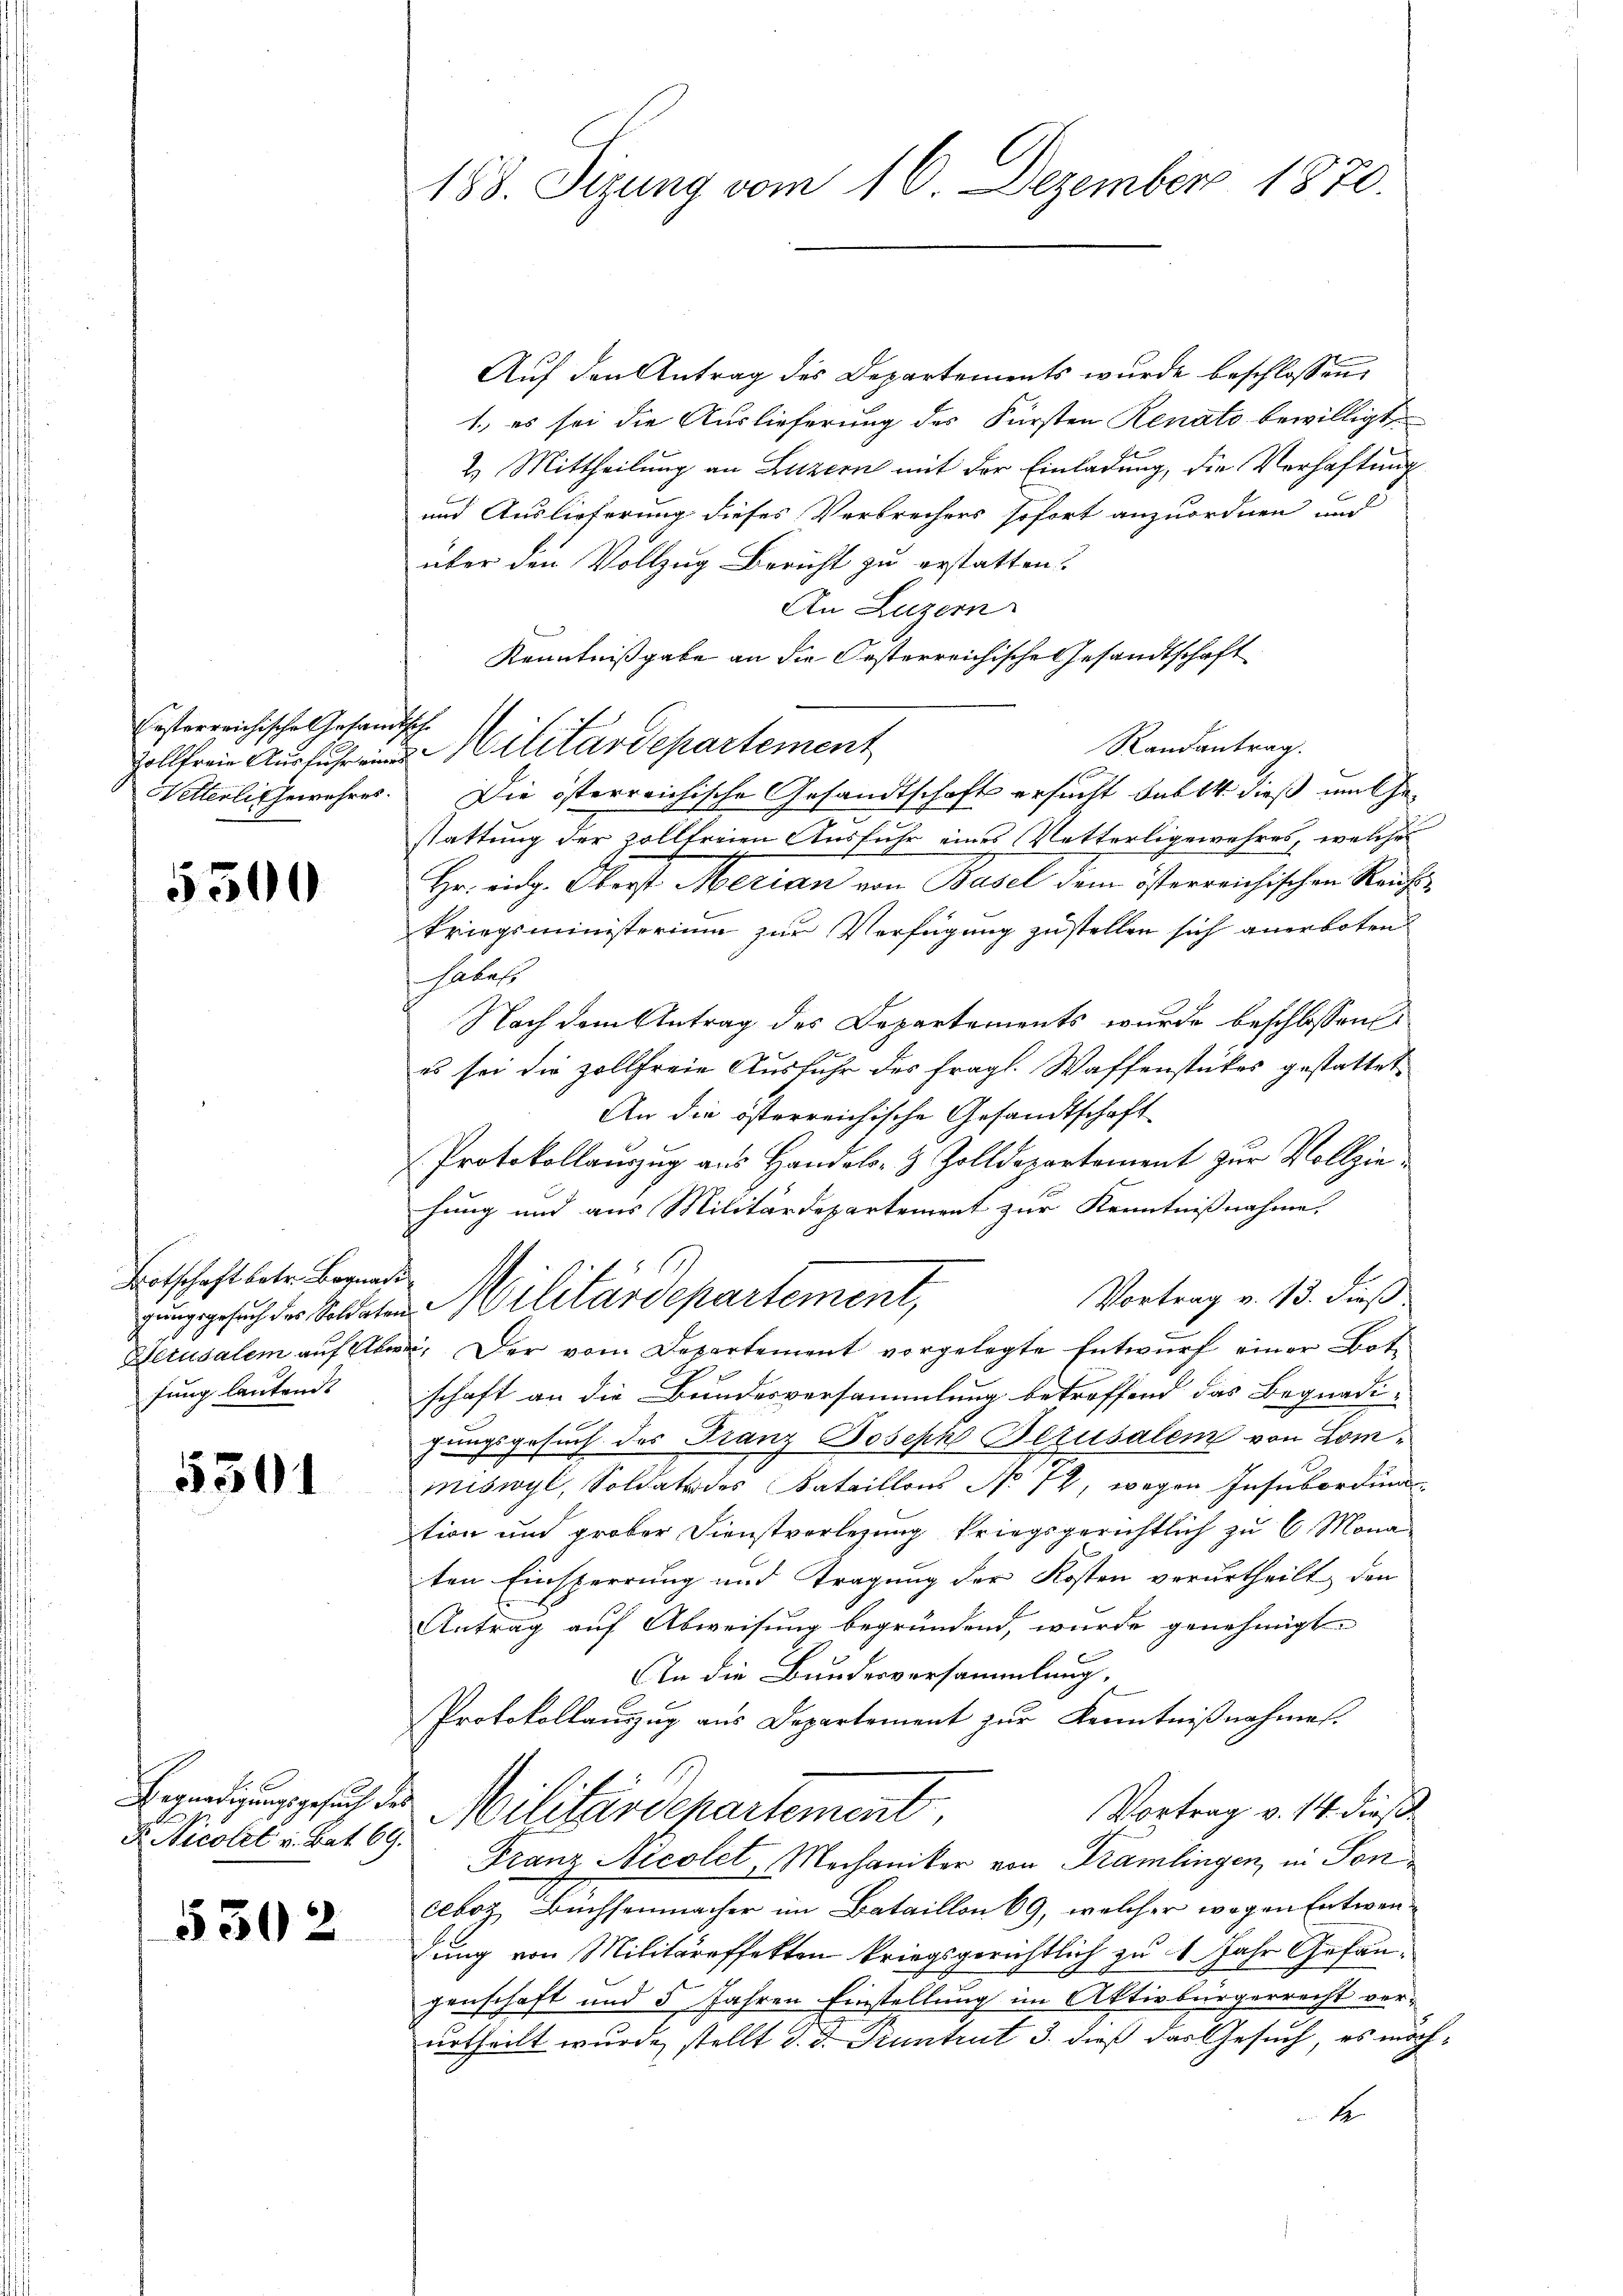
Ersterreichische Gesandtische

5500

Botschaft betr. Begnadi
fung lautends

5301

F. Nicolet v. Bat. 69.

5302

188. Sizung vom 16. Dezember 1870.

Auf den Antrag des Departements wurde beschlossen,
1., es sei die Auslieferung des Fürsten Renato bewilligt
2. Mittheilung an Luzern mit der Einladung, die Verhaftung
und Auslieferung dieses Verbrechers sofort anzuordnen und
über den Vollzug Bericht zu erstatten?
An Luzern
Kenntnißgabe an die Oesterreichische Gesandtschaft
Randantrag.
Wetterli Gewehres. Die österreichische Gesandtschaft ersucht sub 14. dieß unte
stattung der zollfreien Ausfuhr eines Vetterligewehres, welches
Hr. eidg. Oberst Merian von Basel dem österreichischen Reuhikriegsministerium zur Verfügung zustellen sich anerboten
haben
Nach dem Antrag des Departements wurde beschlossen
es sei die zollfreie Ausfuhr des fragl. Waffenstückes gestattet,
An die österreichische Gesandtschaft
Protokollauszug aus Handels- & Zolldepartement zur Vollziehung und aus Militärdepartement zur Kenntnißnahme.
Vortrag v. 13. dieß.
zungsgesuch der Soldaten Militärdepartement,
Derusalem auf Ab. Der vom Departement vorgelegte Entwurf einer Bote
schaft an die Bundesversammlung betroffend das Begnadi-
gungsgesuch des Franz Joseph Berusalem von Lommiswyl, Soldate des Bataillons No 12, wegen Insubording
tion und grober Dienstverlegung kriegsgerichtlich zu 6 Mona
ten Einsperrung und Tragung der Kosten verurtheilt, den
Antrag auf Abweisung begründend, wurde genehmigt.
An die Bundesversammlung,
Protokollauszug aus Departement zur Kenntnißnahmes.
Bedingesich des Militärdepartement,
Vortrag v. 14. dieß
Franz Nicolet, Mechaniker von Dramlingen, in Soncbrg Büchsenmacher im Bataillon 69, welcher wegen Entwendung von Militäreffekten kriegsgerichtlich zu 1. Jahr Gefangenschaft und 5 Jahren Einstellung im Aktivbürgerrecht ver-
urtheilt wurde, stellt d. d. Juntrut 3. dieß das Gesuch, es möch
4

olilitärdepartement